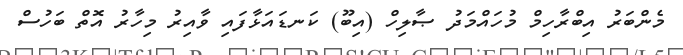
މެންބަރު އިބްރާހިމް މުހައްމަދު ޞާލިހް (އިބޫ) ކަނޑައަޅާފައި ވާއިރު މިހާރު އޮތް ބަހުސް